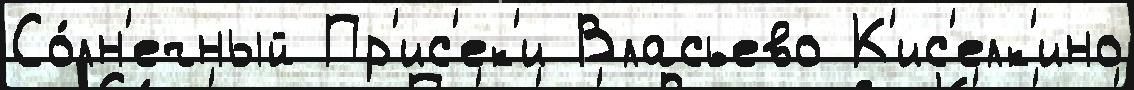
Со́лн'ечный Пр'ис'ек'и Власьево К'ис'елк'ино